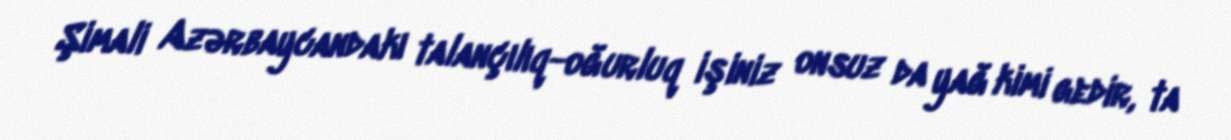
Şimali Azərbaycandakı talançılıq-oğurluq işiniz onsuz da yağ kimi gedir, ta